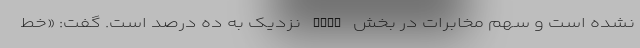
نشده است و سهم مخابرات در بخش ADSL نزدیک به ده درصد است. گفت: «خط